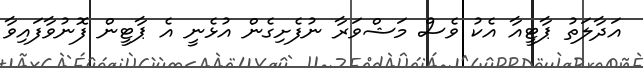
އަދާލަތު ޕާޓީއާ އެކު ވެސް މަޝްވަރާ ނުފެށިގެން އުޅެނީ އެ ޕާޓީން ފޮނުވާފައިވާ